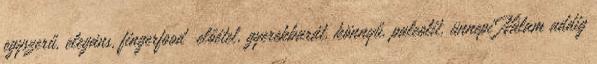
egyszerű, elegáns, fingerfood előétel, gyerekbarát, könnyű, paleolit, ünnepi Nálam addig